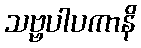
သဗ္ဗပါပကာနိ